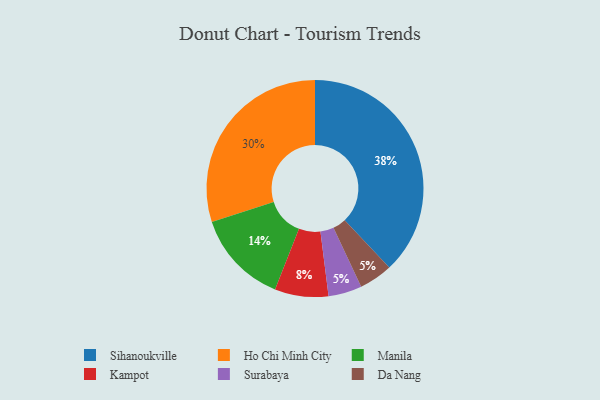
{"axis": {"x": "Category", "y": "Percentage"}, "legend": ["Da Nang", "Ho Chi Minh City", "Kampot", "Manila", "Sihanoukville", "Surabaya"], "data": [{"x": "Ho Chi Minh City", "y": 30, "type": "Ho Chi Minh City"}, {"x": "Manila", "y": 14, "type": "Manila"}, {"x": "Surabaya", "y": 5, "type": "Surabaya"}, {"x": "Da Nang", "y": 5, "type": "Da Nang"}, {"x": "Kampot", "y": 8, "type": "Kampot"}, {"x": "Sihanoukville", "y": 38, "type": "Sihanoukville"}]}